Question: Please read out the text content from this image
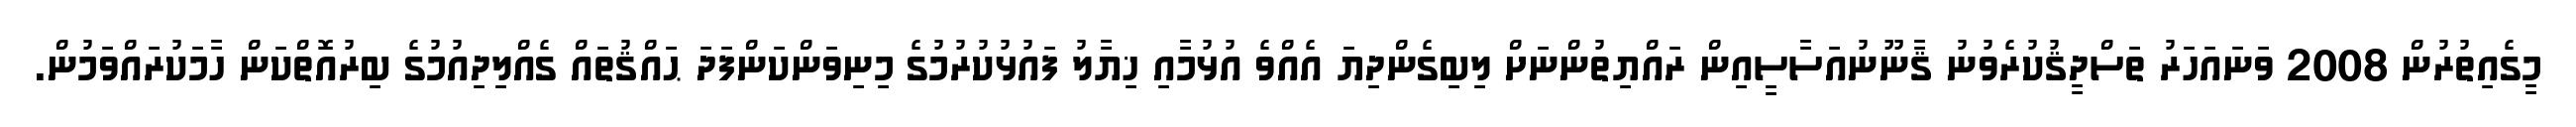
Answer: މީގެއިތުރުން 2008 ވަނައަހަރު ތަސްދީޤުކުރެވުނު ޤާނޫނުއަސާސީއިން ރައްޔިތުންނަށް ލިބިގެންދިޔަ އެއްވެ އުޅުމާއި ޚިޔާލު ފައުޅުކުރުމުގެ މިނިވަންކަންފަދަ ޙައްޤުތައް ގެއްލިދިއުމުގެ ބިރުއޮތްކަން ހާމަކުރައްވަމުން.